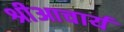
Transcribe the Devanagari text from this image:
श्रीआचार्य